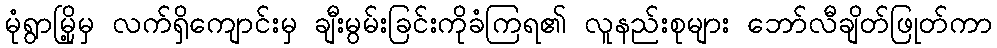
မုံရွာမြို့မှ လက်ရှိကျောင်းမှ ချီးမွမ်းခြင်းကိုခံကြရ၏ လူနည်းစုများ ဘော်လီချိတ်ဖြုတ်ကာ